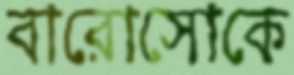
বারোসোকে